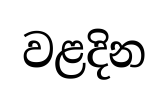
වළදින